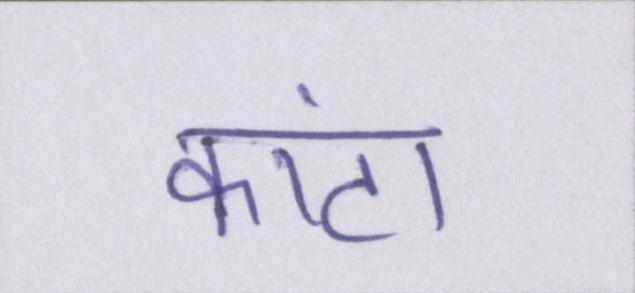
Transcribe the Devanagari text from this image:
कांटा